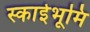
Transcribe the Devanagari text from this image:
स्काईभूमि